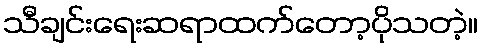
သီချင်းရေးဆရာထက်တော့ပိုသတဲ့။